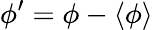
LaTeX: \phi^{\prime}=\phi-\langle\phi\rangle